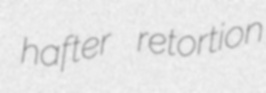
hafter retortion